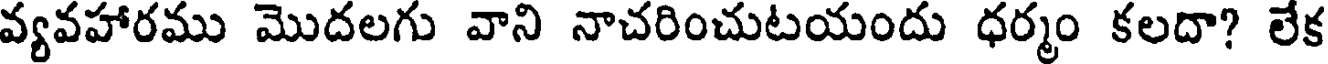
వ్యవహారము మొదలగు వాని నాచరించుటయందు ధర్మం కలదా? లేక